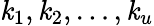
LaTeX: \mathit{k}_{1},\mathit{k}_{2},\dots,\mathit{k}_{u}